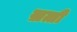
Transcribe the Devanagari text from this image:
ख़त्ती